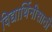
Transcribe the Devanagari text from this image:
विद्यार्थिनीसाठी